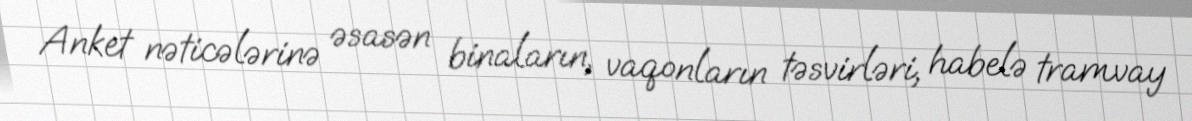
Anket nəticələrinə əsasən binaların, vaqonların təsvirləri, habelə tramvay